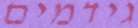
גידמים